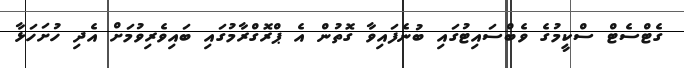
ގެޓްސެޓް ސްކީމުގެ ވެބްސައިޓުގައި ބުނެފައިވާ ގޮތުން އެ ޕްރޮގްރާމުގައި ބައިވެރިވުމަށް އެދި ހުށަހަޅާ